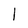
Character: l